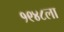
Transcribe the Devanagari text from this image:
१९४८ला